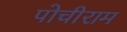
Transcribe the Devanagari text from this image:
पोचीराम